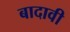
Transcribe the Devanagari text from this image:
बादावी